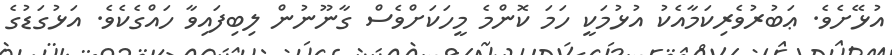
އުޅޭށެވެ. ޢަބުރުވެރިކަމާއެކު އުޅުމަކީ ހަމަ ކޮންމެ މީހަކަށްވެސް ގާނޫނުން ލިބިފައިވާ ހައްގެކެވެ. އަޅުގަޑުގެ